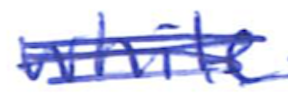
Text: white
Cross-out: scratch
Writing tool: ballpoint